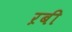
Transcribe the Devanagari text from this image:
ऱबी